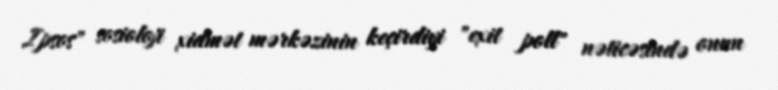
Ipsos" sosioloji xidmət mərkəzinin keçirdiyi "exit poll" nəticəsində onun